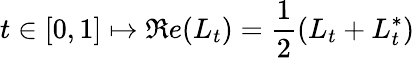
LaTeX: t\in[0,1]\mapsto\Re e(L_{t})=\frac{1}{2}(L_{t}+L_{t}^{*})